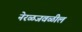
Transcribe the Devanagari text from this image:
नेरळजवळील